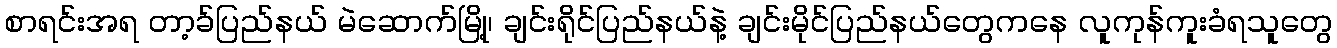
စာရင်းအရ တာ့ခ်ပြည်နယ် မဲဆောက်မြို့၊ ချင်းရိုင်ပြည်နယ်နဲ့ ချင်းမိုင်ပြည်နယ်တွေကနေ လူကုန်ကူးခံရသူတွေ